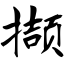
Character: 撷